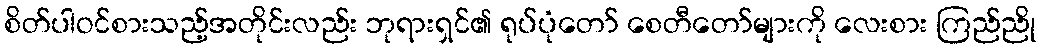
စိတ်ပါဝင်စားသည့်အတိုင်းလည်း ဘုရားရှင်၏ ရုပ်ပုံတော် စေတီတော်များကို လေးစား ကြည်ညို